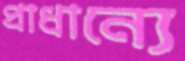
প্রাধান্যে